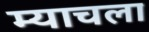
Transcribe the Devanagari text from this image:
म्याचला